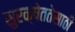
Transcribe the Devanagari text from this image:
सुरक्षेततेसाठी